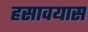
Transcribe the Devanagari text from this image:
हसावयास